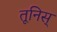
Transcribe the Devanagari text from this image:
तूनिस्